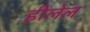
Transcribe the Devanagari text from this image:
हीलेल